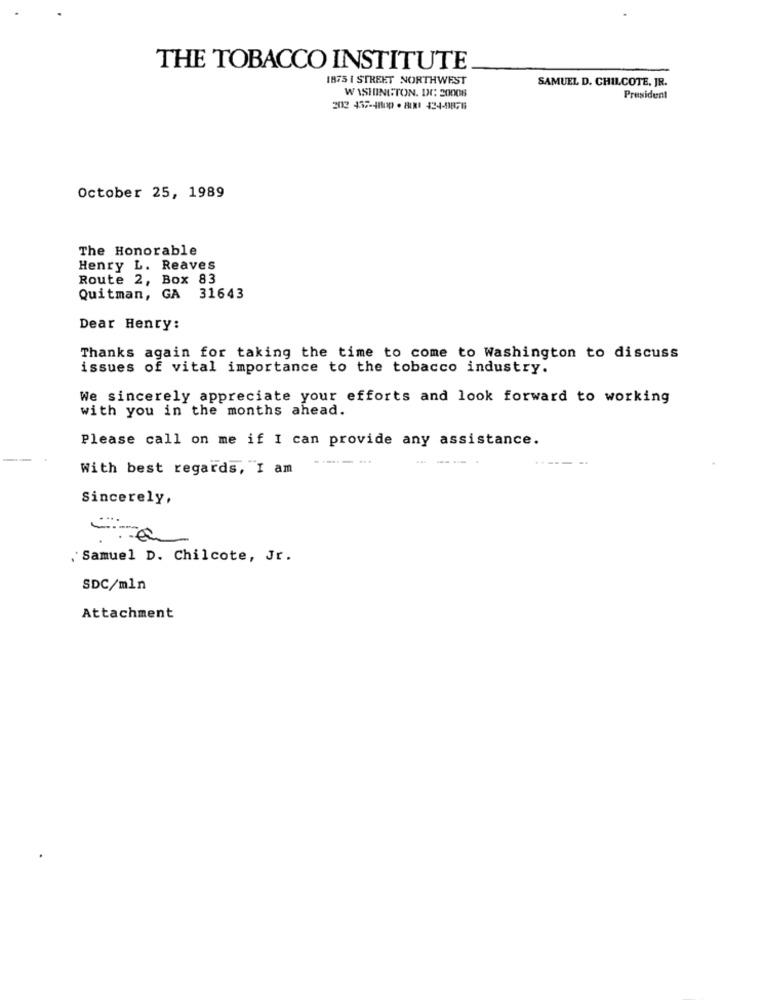
THE TOBACCO INSTITUTE
1875 I STREET NORTHWEST
SAMUEL D. CHILCOTE, JR.
WASHINGTON, DC 20006
President
2012 437-48100 · RINI 434-98765
October 25, 1989
The Honorable
Henry L. Reaves
Route 2, Box 83
Quitman, GA 31643
Dear Henry:
Thanks again for taking the time to come to Washington to discuss
issues of vital importance to the tobacco industry.
We sincerely appreciate your efforts and look forward to working
with you in the months ahead.
Please call on me if I can provide any assistance.
. ...
---
With best regards, "I am
Sincerely,
Samuel D. Chilcote, Jr.
SDC/mln
Attachment